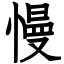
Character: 慢